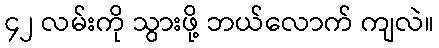
၄၂ လမ်းကို သွားဖို့ ဘယ်လောက် ကျလဲ။